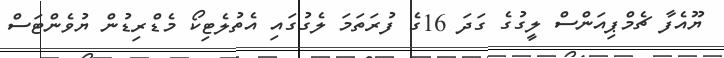
ޔޫއެފާ ޗެމްޕިއަންސް ލީގުގެ ގަދަ 16ގެ ފުރަތަމަ ލެގުގައި އެތުލެޓިކޯ މެޑްރިޑުން ޔުވެންޓަސް